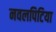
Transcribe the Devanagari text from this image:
नवलपिटिया